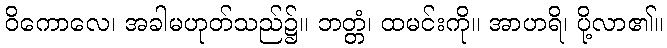
ဝိကောလေ၊ အခါမဟုတ်သည်၌။ ဘတ္တံ၊ ထမင်းကို။ အာဟရိ၊ ပို့လာ၏။